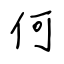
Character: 何